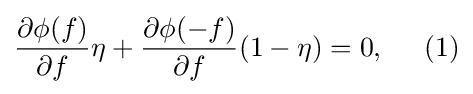
{\frac {\partial \phi (f)}{\partial f}}\eta +{\frac {\partial \phi (-f)}{\partial f}}(1-\eta )=0,\;\;\;\;\;(1)